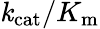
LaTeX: \mathit{k}_{\mathrm{{{cat}}}}/K_{\mathrm{{{m}}}}